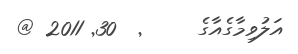
އަލުވިމާގެއާގެ